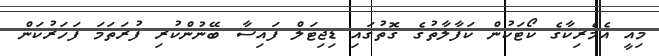
މިއީ އެމެރިކާގެ ކޯޓަކުން ކަފާލާތުގެ ގޮތުގައި ޑިޖިޓަލް ފައިސާ ބޭނުންކުރި ފުރަތަމަ ފަހަރުކަން